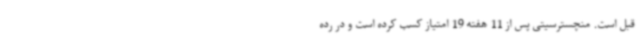
قبل است. منچسترسیتی پس از 11 هفته 19 امتیاز کسب کرده است و در رده